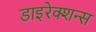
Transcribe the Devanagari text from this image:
डाइरेक्शन्स